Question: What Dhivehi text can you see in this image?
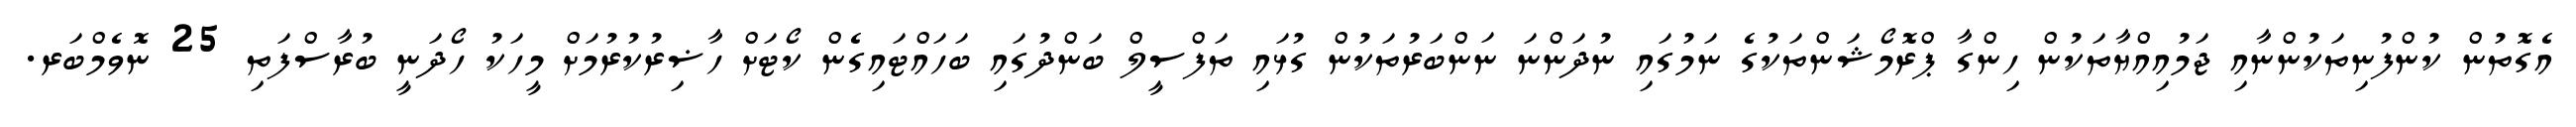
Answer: އެގޮތުން ކުންފުނިތަކުންނާއި ޖަމުއިއްޔާތަކުން ހިންގާ ޕްރޮމޯޝަންތަކުގެ ނަމުގައި ނުދަންނަ ނަންބަރުތަކުން ގުޅައި ތަފްސީލް ބަންދުގައި ބަހައްޓައިގެން ކޯޓަށް ހާޟިރުކުރުމަށް މީހަކު ހޯދަނީ ބުރާސްފަތި 25 ނޮވެމްބަރ.